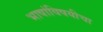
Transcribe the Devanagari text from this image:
भाषांविषयीचा